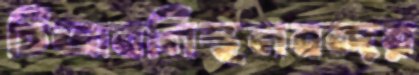
চিত্রাবলিস্থলবন্দর